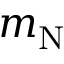
m _ { \mathrm { N } }